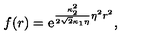
f ( r ) = \mathrm { e } ^ { \frac { \kappa _ { 2 } ^ { 2 } } { 2 \sqrt { 2 } \kappa _ { 1 } \eta } \eta ^ { 2 } r ^ { 2 } } ,